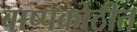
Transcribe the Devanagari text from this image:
बाष्पकोठीत